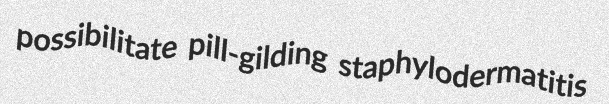
possibilitate pill-gilding staphylodermatitis